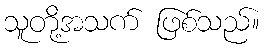
သူတို့အသက် ဖြစ်သည်။